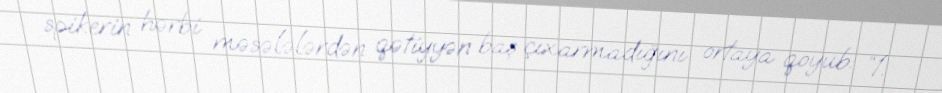
spikerin hərbi məsələlərdən qətiyyən baş çıxarmadığını ortaya qoyub: “1.